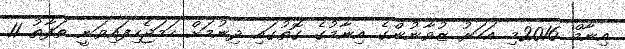
އިނާމް 2016މި އަހަރު ޒުވާނުންގެ އިނާމުގެ ގޮތުގައި ދިނުމަށް ހަމަޖެހިފައިވަނީ ތަފާތު 11